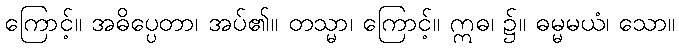
ကြောင့်။ အဓိပ္ပေတာ၊ အပ်၏။ တသ္မာ၊ ကြောင့်။ ဣဓ၊ ၌။ ဓမ္မမယံ၊ သော။